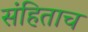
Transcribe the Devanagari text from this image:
संहिताच